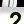
Digit: 2